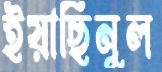
ইয়াছিনুল